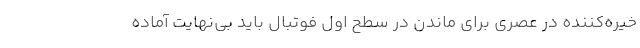
خیره‌کننده در عصری برای ماندن در سطح اول فوتبال باید بی‌نهایت آماده